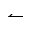
\leftharpoonup